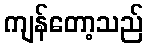
ကျန်တော့သည်